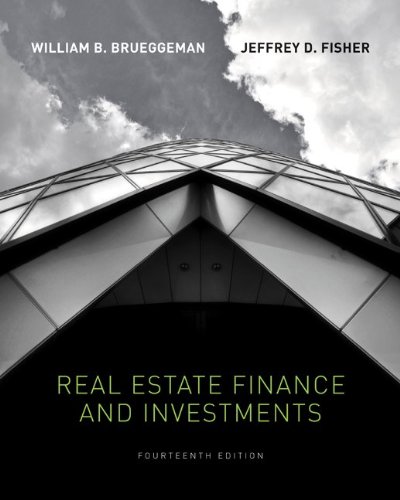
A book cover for Real Estate Finance & Investments (Real Estate Finance and Investments); William Brueggeman; Business & Money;